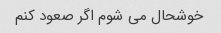
خوشحال می شوم اگر صعود کنم